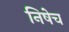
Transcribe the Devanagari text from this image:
निषेच